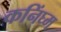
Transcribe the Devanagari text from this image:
कनिंघ्म